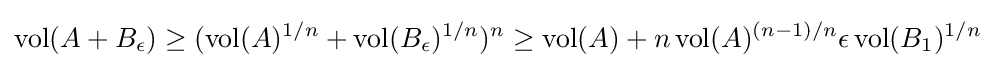
\operatorname {vol} (A+B_{\epsilon })\geq (\operatorname {vol} (A)^{1/n}+\operatorname {vol} (B_{\epsilon })^{1/n})^{n}\geq \operatorname {vol} (A)+n\operatorname {vol} (A)^{(n-1)/n}\epsilon \operatorname {vol} (B_{1})^{1/n}